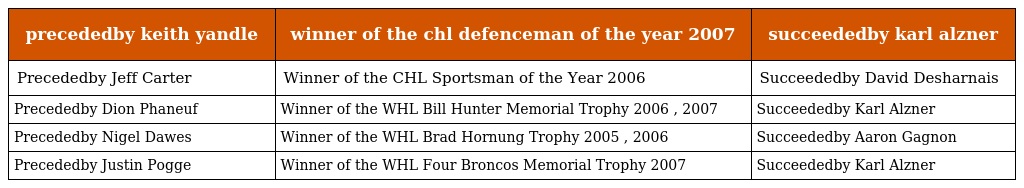
| precededby keith yandle | winner of the chl defenceman of the year 2007 | succeededby karl alzner |
 | --- | --- | --- |
 | Precededby Jeff Carter | Winner of the CHL Sportsman of the Year 2006 | Succeededby David Desharnais |
 | Precededby Dion Phaneuf | Winner of the WHL Bill Hunter Memorial Trophy 2006 , 2007 | Succeededby Karl Alzner |
 | Precededby Nigel Dawes | Winner of the WHL Brad Hornung Trophy 2005 , 2006 | Succeededby Aaron Gagnon |
 | Precededby Justin Pogge | Winner of the WHL Four Broncos Memorial Trophy 2007 | Succeededby Karl Alzner |